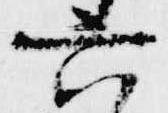
六